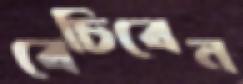
বেচিবেন